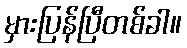
မှားပြန်ပြီတစ်ခါ။